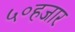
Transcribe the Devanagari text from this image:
५०हजार